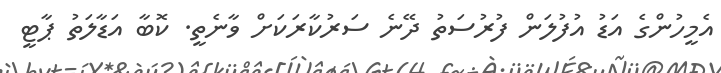
އެމީހުންގެ އަޑު އުފުލަން ފުރުސަތު ދޭނެ ސަރުކާރަކަށް ވާނެތީ. ކޮބާ އަޑާލަތު ޕާޓީ